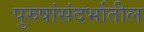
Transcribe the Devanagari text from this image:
पुरुषांसंदर्भातील